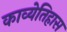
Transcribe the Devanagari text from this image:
काव्येतिहास